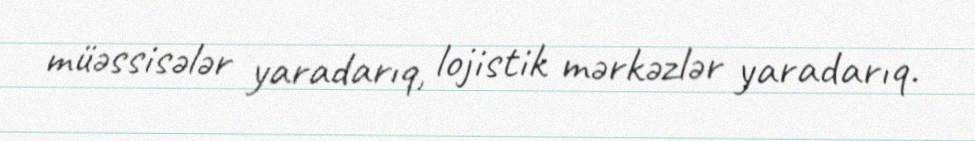
müəssisələr yaradarıq, lojistik mərkəzlər yaradarıq.